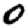
Digit: 0